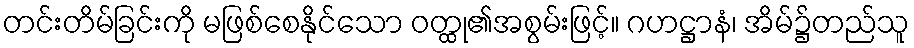
တင်းတိမ်ခြင်းကို မဖြစ်စေနိုင်သော ဝတ္ထု၏အစွမ်းဖြင့်။ ဂဟဋ္ဌာနံ၊ အိမ်၌တည်သူ